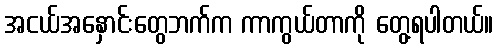
အငယ်အနှောင်းတွေဘက်က ကာကွယ်တာကို တွေ့ရပါတယ်။